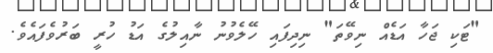
"ޓަކި ޖަހާ އަޑެއް ނިވޭތަ" ނިދިފައި ހޭލެވުނު ނާއިލުގެ އަޑު ހުރީ ބަރުވެފައެވެ.